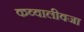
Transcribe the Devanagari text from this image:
कव्वालीवजा